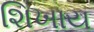
શિખાય